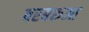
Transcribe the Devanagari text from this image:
बरबरुआ